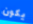
يكون